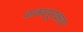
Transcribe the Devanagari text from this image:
वाक्यपूरकत्व